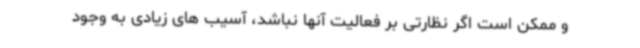
و ممکن است اگر نظارتی بر فعالیت آنها نباشد، آسیب های زیادی به وجود